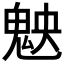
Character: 𩲴